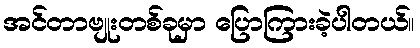
အင်တာဗျုးတစ်ခုမှာ ပြောကြားခဲ့ပါတယ်။